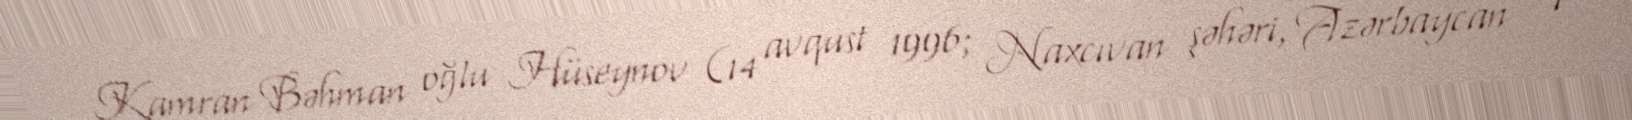
Kamran Bəhman oğlu Hüseynov (14 avqust 1996; Naxcıvan şəhəri, Azərbaycan - 1